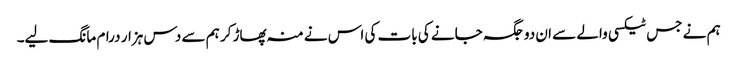
ہم نے جس ٹیکسی والے سے ان دو جگہ جانے کی بات کی اس نے منہ پھاڑ کر ہم سے دس ہزار درام مانگ لیے۔